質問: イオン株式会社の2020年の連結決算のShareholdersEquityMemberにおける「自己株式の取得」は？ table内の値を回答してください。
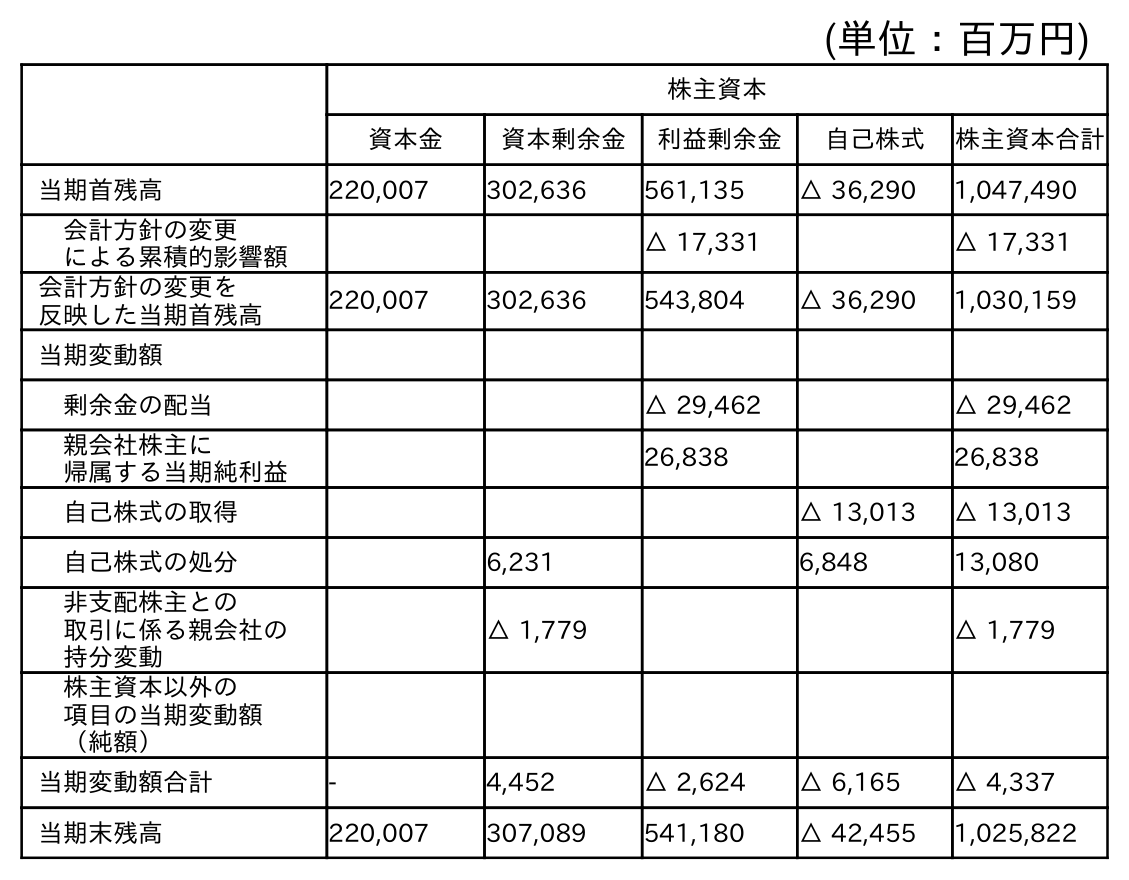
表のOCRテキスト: (単位：百万円) 株主資本 資本金 資本剰余金 利益剰余金 自己株式 株主資本合計 当期首残高 220,007 302,636 561,135 △ 36,290 1,047,490 会計方針の変更 による累積的影響額 △ 17,331 △ 17,331 会計方針の変更を 反映した当期首残高 220,007 302,636 543,804 △ 36,290 1,030,159 当期変動額 剰余金の配当 △ 29,462 △ 29,462 親会社株主に 帰属する当期純利益 26,838 26,838 自己株式の取得 △ 13,013 △ 13,013 自己株式の処分 6,231 6,848 13,080 非支配株主との 取引に係る親会社の 持分変動 △ 1,779 △ 1,779 株主資本以外の 項目の当期変動額 （純額） 当期変動額合計 - 4,452 △ 2,624 △ 6,165 △ 4,337 当期末残高 220,007 307,089 541,180 △ 42,455 1,025,822
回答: △13,013